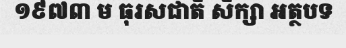
១៩៧៣ ម ធុរសជាតិ សិក្សា អត្ថបទ